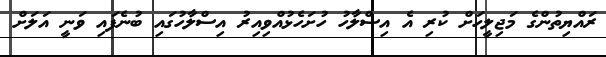
ރައްޔިތުންގެ މަޖިލީހަށް ކުރި އެ އިސްލާހު ހުށަހެޅުއްވިއިރު އިސްލާހުގައި ބުނެފައި ވަނީ އަލަށް